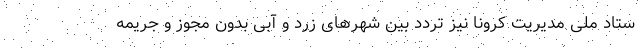
ستاد ملی مدیریت کرونا نیز تردد بین شهرهای زرد و آبی بدون مجوز و جریمه